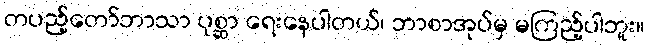
တပည့်တော်ဘာသာ ပုစ္ဆာ ရေးနေပါတယ်၊ ဘာစာအုပ်မှ မကြည့်ပါဘူး။